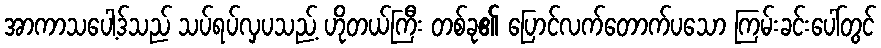
အာကာသပေါ့ဒ်သည် သပ်ရပ်လှပသည့် ဟိုတယ်ကြီး တစ်ခု၏ ပြောင်လက်တောက်ပသော ကြမ်းခင်းပေါ်တွင်